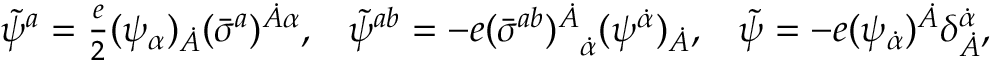
\begin{array} { l l l } { { \tilde { \psi } ^ { a } = { \frac { e } { 2 } } ( \psi _ { \alpha } ) _ { \dot { A } } ( \bar { \sigma } ^ { a } ) ^ { \dot { A } \alpha } , } } & { { \tilde { \psi } ^ { a b } = - e { ( \bar { \sigma } ^ { a b } ) ^ { \dot { A } } } _ { \dot { \alpha } } ( \psi ^ { \dot { \alpha } } ) _ { \dot { A } } , } } & { { \tilde { \psi } = - e ( \psi _ { \dot { \alpha } } ) ^ { \dot { A } } \delta _ { \dot { A } } ^ { \dot { \alpha } } , } } \end{array}